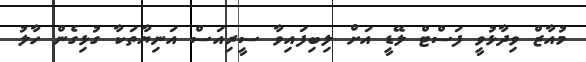
މުއާޒް ވިދާޅުވީ ފަސްޓް ލޭޑީ އަށް ލިބިފައިވާ ސީރިއަސް އަނިޔާތަކާ ގުޅިގެން ހާލު